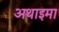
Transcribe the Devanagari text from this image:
अथाइमा